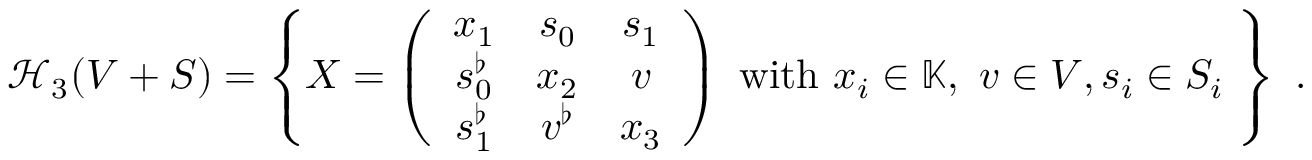
\mathscr { H } _ { 3 } ( V + S ) = \left\{ X = \left( \begin{array} { c c c } { x _ { 1 } } & { s _ { 0 } } & { s _ { 1 } } \\ { s _ { 0 } ^ { \flat } } & { x _ { 2 } } & { v } \\ { s _ { 1 } ^ { \flat } } & { v ^ { \flat } } & { x _ { 3 } } \end{array} \right) \ \mathrm { w i t h } \ x _ { i } \in \mathbb { K } , \ v \in V , s _ { i } \in S _ { i } \ \right\} \ .